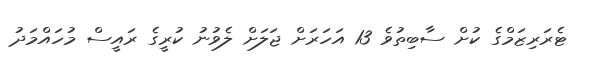
ޓެރަރިޒަމްގެ ކުށް ސާބިތުވެ 13 އަހަރަށް ޖަލަށް ލެވުނު ކުރީގެ ރައީސް މުހައްމަދު